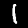
Label: 1